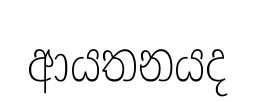
ආයතනයද